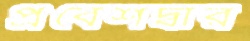
প্রবেশদ্বার